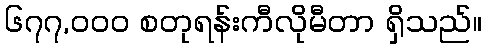
၆၇၇,၀၀၀ စတုရန်းကီလိုမီတာ ရှိသည်။